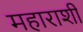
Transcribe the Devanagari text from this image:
महाराशी